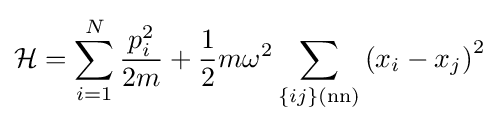
{\mathcal {H}}=\sum _{i=1}^{N}{\frac {p_{i}^{2}}{2m}}+{\frac {1}{2}}m\omega ^{2}\sum _{\{ij\}(\mathrm {nn} )}\left(x_{i}-x_{j}\right)^{2}